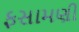
ફસામણી